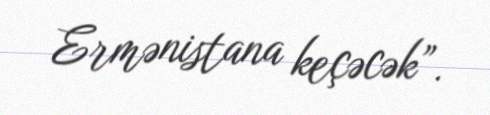
Ermənistana keçəcək”.